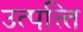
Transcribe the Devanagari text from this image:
उत्पत्‍ति